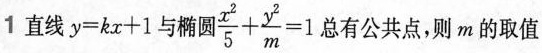
1直线y=kx+1与椭| $$\frac{x^{2}}{5}+ \frac{y^{2}}{m}=1$$ 总有公共点，则m的取值